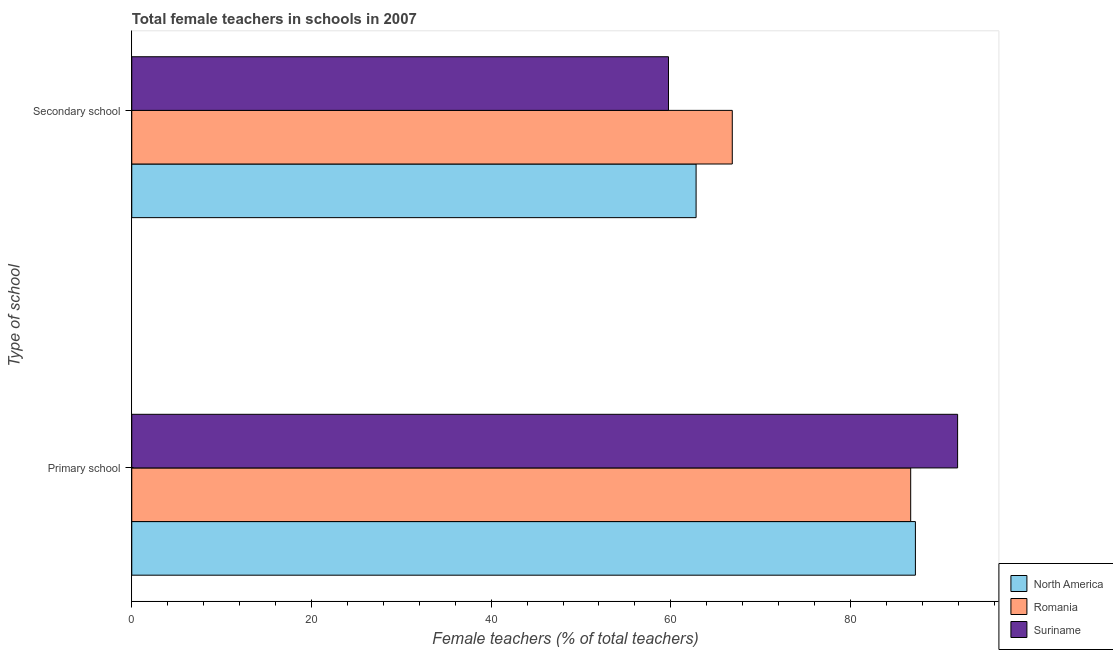
| Type of school | North America | Romania | Suriname |
 | --- | --- | --- | --- |
 | Primary school | 87.2 | 86.7 | 91.9 |
 | Secondary school | 62.8 | 66.8 | 59.7 |